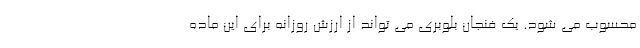
محسوب می شود. یک فنجان بلوبری می تواند از ارزش روزانه برای این ماده